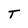
Character: T